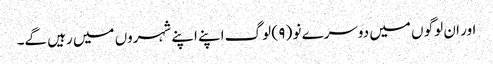
اور ان لوگو ں میں دوسرے نو ( ۹ ) لوگ اپنے اپنے شہروں میں رہیں گے۔